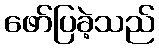
ဖော်ပြခဲ့သည်